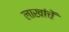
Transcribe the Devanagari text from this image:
लाखांचें